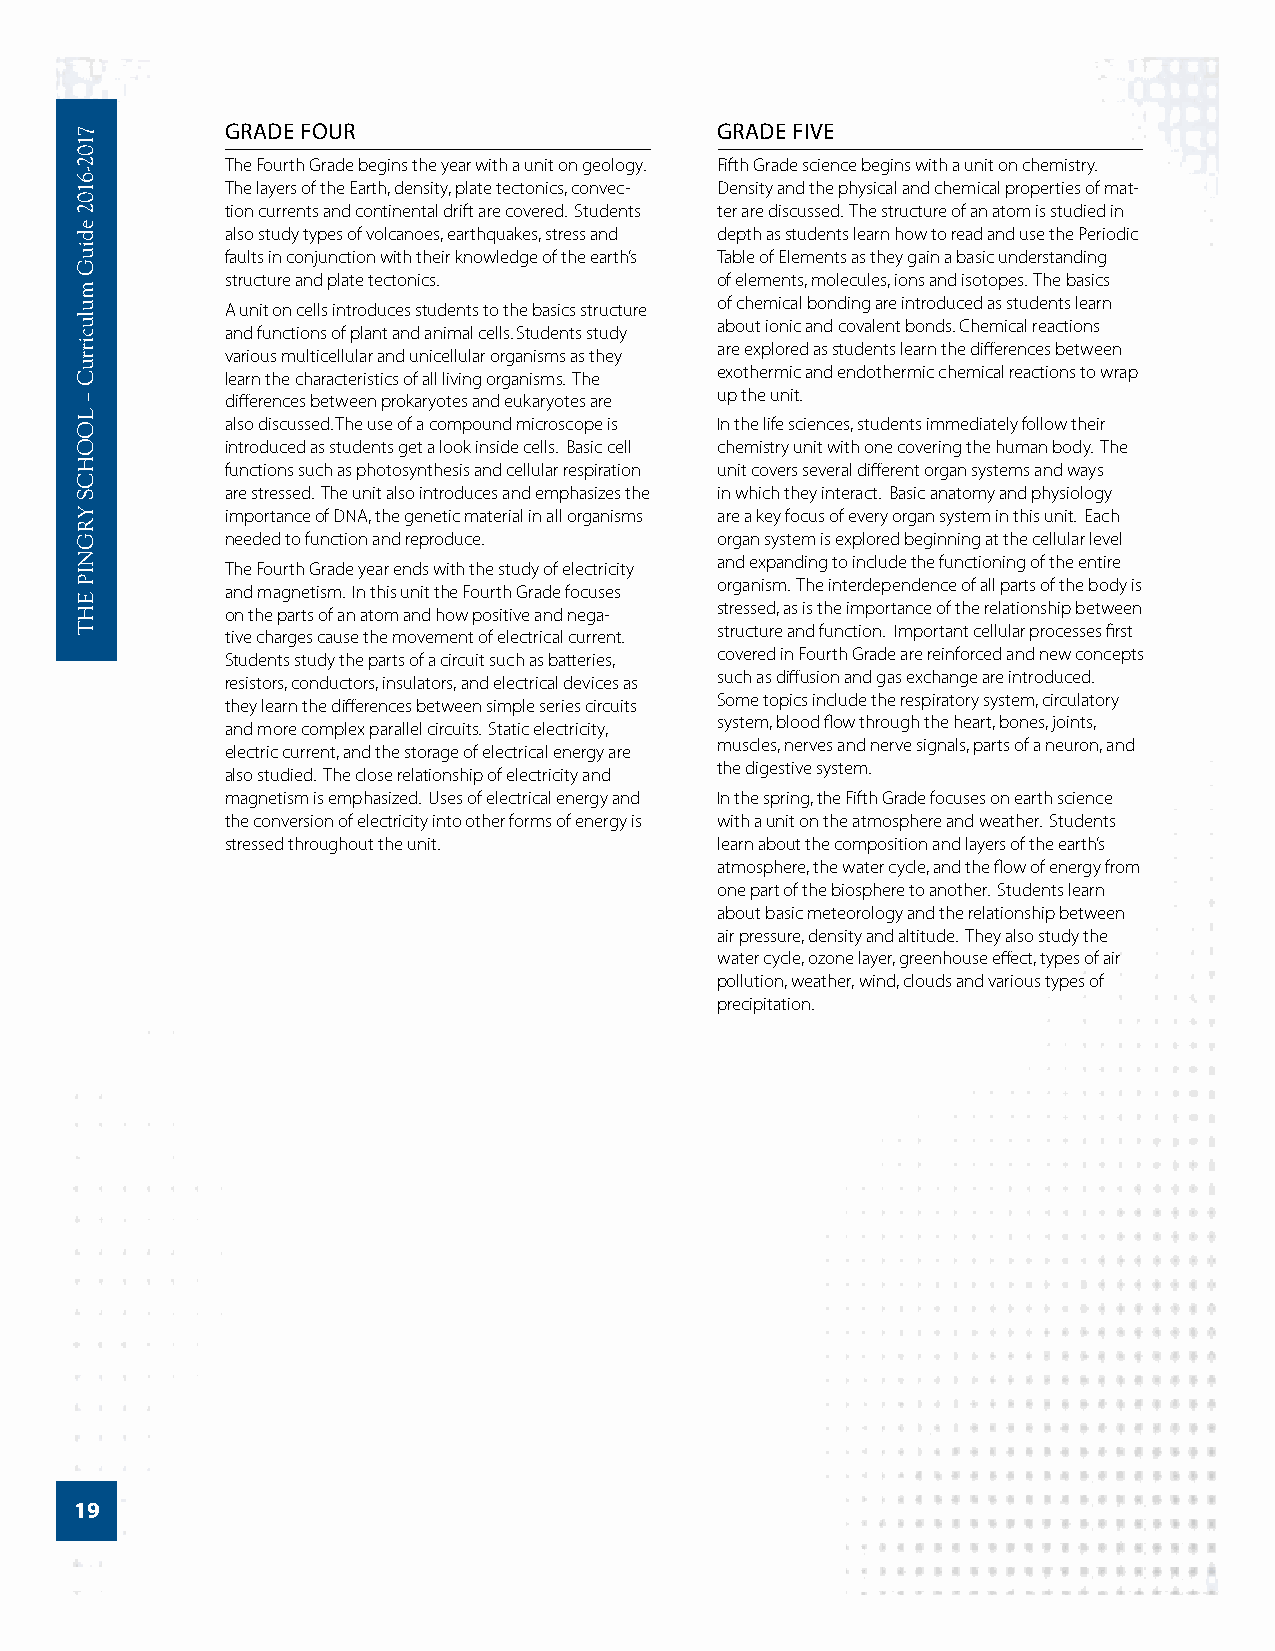
GRADE FOUR                      GRADE FIVE
 The Fourth Grade begins the year with a unit on geology. Fifth Grade science begins with a unit on chemistry.
 The layers of the Earth, density, plate tectonics, convec- Density and the physical and chemical properties of mat-
 tion currents and continental drift are covered. Students ter are discussed. The structure of an atom is studied in
 also study types of volcanoes, earthquakes, stress and depth as students learn how to read and use the Periodic
 faults in conjunction with their knowledge of the earth’s Table of Elements as they gain a basic understanding
 structure and plate tectonics.  of elements, molecules, ions and isotopes. The basics
 of chemical bonding are introduced as students learn
 A unit on cells introduces students to the basics structure
 about ionic and covalent bonds. Chemical reactions
 and functions of plant and animal cells. Students study
 are explored as students learn the differences between
 various multicellular and unicellular organisms as they
 exothermic and endothermic chemical reactions to wrap
 learn the characteristics of all living organisms. The
 up the unit. differences between prokaryotes and eukaryotes are
 also discussed. The use of a compound microscope is In the life sciences, students immediately follow their
 introduced as students get a look inside cells. Basic cell chemistry unit with one covering the human body. The
 functions such as photosynthesis and cellular respiration unit covers several different organ systems and ways
 are stressed. The unit also introduces and emphasizes the in which they interact. Basic anatomy and physiology
 importance of DNA, the genetic material in all organisms are a key focus of every organ system in this unit. Each
 needed to function and reproduce. organ system is explored beginning at the cellular level
 and expanding to include the functioning of the entire
 The Fourth Grade year ends with the study of electricity
 organism. The interdependence of all parts of the body is
 and magnetism. In this unit the Fourth Grade focuses
 stressed, as is the importance of the relationship between
 on the parts of an atom and how positive and nega-
 structure and function. Important cellular processes first
 tive charges cause the movement of electrical current.
 covered in Fourth Grade are reinforced and new concepts
 Students study the parts of a circuit such as batteries,
 such as diffusion and gas exchange are introduced.
 resistors, conductors, insulators, and electrical devices as
 Some topics include the respiratory system, circulatory
 they learn the differences between simple series circuits
 system, blood flow through the heart, bones, joints,
 and more complex parallel circuits. Static electricity,
 muscles, nerves and nerve signals, parts of a neuron, and
 electric current, and the storage of electrical energy are
 the digestive system.
 also studied. The close relationship of electricity and
 magnetism is emphasized. Uses of electrical energy and In the spring, the Fifth Grade focuses on earth science
 the conversion of electricity into other forms of energy is with a unit on the atmosphere and weather. Students
 stressed throughout the unit.   learn about the composition and layers of the earth’s
 atmosphere, the water cycle, and the flow of energy from
 one part of the biosphere to another. Students learn
 about basic meteorology and the relationship between
 air pressure, density and altitude. They also study the
 water cycle, ozone layer, greenhouse effect, types of air
 pollution, weather, wind, clouds and various types of
 precipitation.
 19
 7102-­6102
 ediuG
 mulucirruC
 –
 LOOHCS
 YRGNIP
 EHT